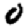
Digit: 0